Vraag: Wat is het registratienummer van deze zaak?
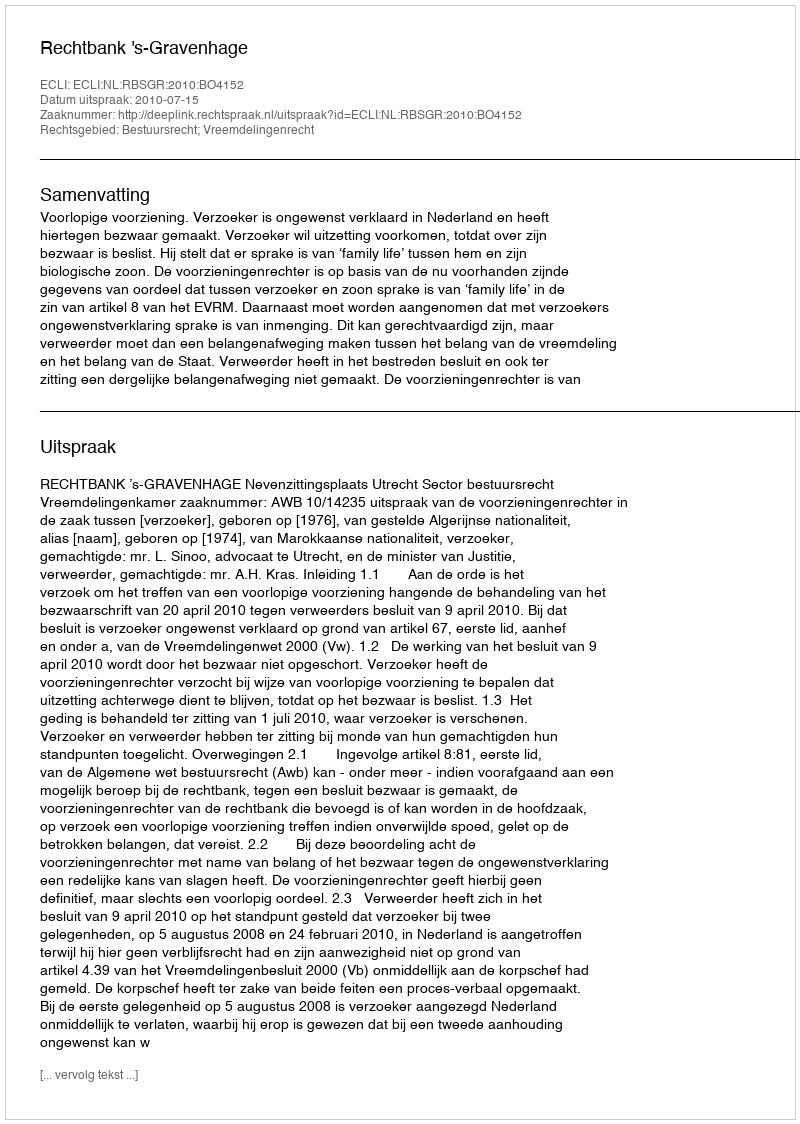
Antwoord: http://deeplink.rechtspraak.nl/uitspraak?id=ECLI:NL:RBSGR:2010:BO4152